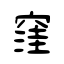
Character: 窪